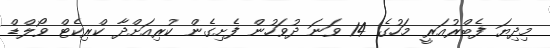
މިދިޔަ ފެބްރުއަރީ މަހުގެ 14 ވަނަ ދުވަހުން ފެށިގެން ކުރިއަށްދާ ކްރިކެޓް ވޯލްޑް